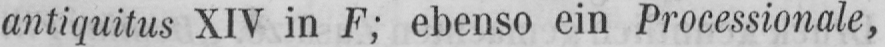
antiquitus XIV in F; ebenso ein Processionale,